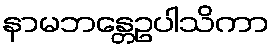
နာမဘန္တေဥပါသိကာ